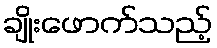
ချိုးဖောက်သည့်